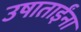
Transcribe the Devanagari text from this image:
उषाताईंना